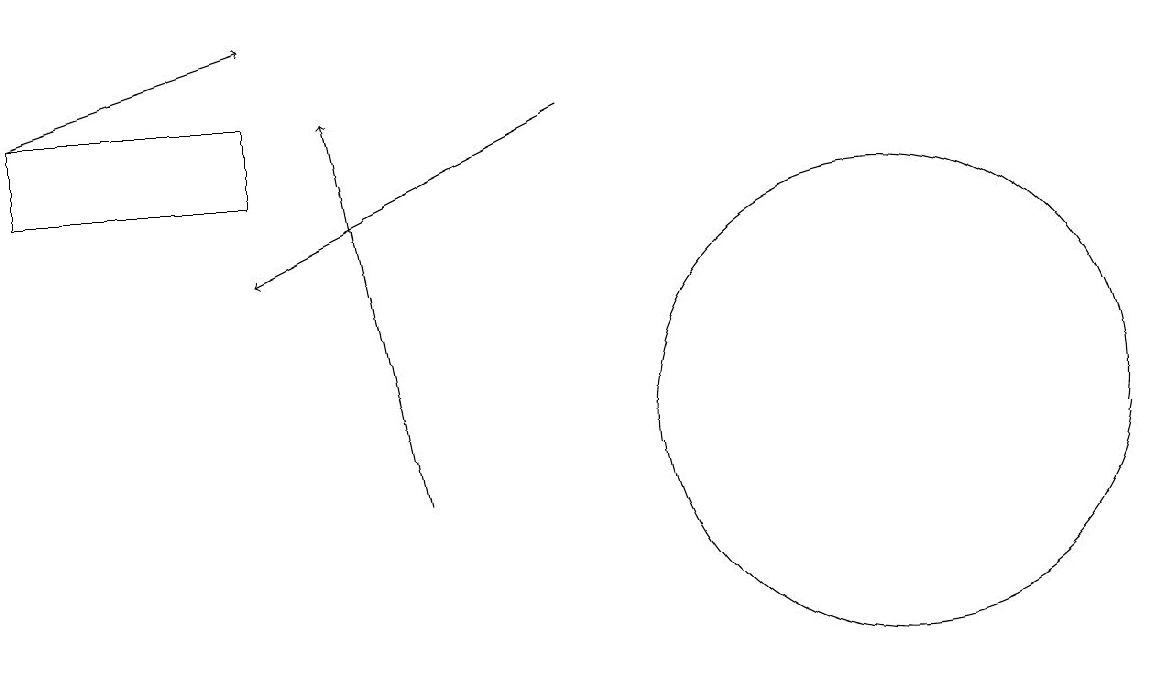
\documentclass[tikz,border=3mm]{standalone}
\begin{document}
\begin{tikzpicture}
\draw[->] (5,11) -- (4,16);
\draw (3,16) rectangle (0,15);
\draw (11,12) circle (3);
\draw[->] (0,16) -- (3,17);
\draw[->] (7,16) -- (3,14);
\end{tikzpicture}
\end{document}